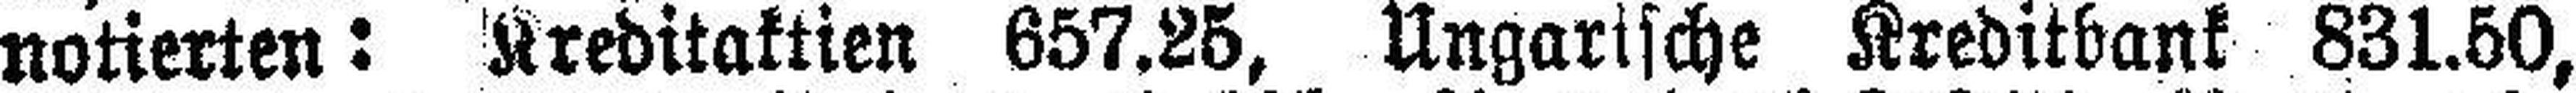
notierten: Kreditaktien 657.25, Ungarische Kreditbank 831.50,